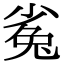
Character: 㝹